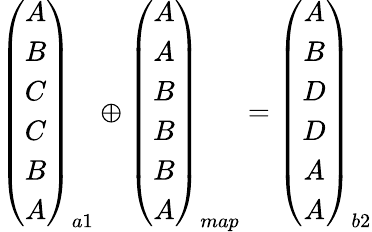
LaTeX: \begin{array}{r}{\left(\begin{array}{c}{A}\\ {B}\\ {C}\\ {C}\\ {B}\\ {A}\end{array}\right)_{a1}\oplus\left(\begin{array}{c}{A}\\ {A}\\ {B}\\ {B}\\ {B}\\ {A}\end{array}\right)_{map}=\left(\begin{array}{c}{A}\\ {B}\\ {D}\\ {D}\\ {A}\\ {A}\end{array}\right)_{b2}}\end{array}